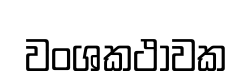
වංශකථාවක